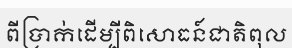
ពីប្រាក់ដើម្បីពិសោធន៍ជាតិពុល